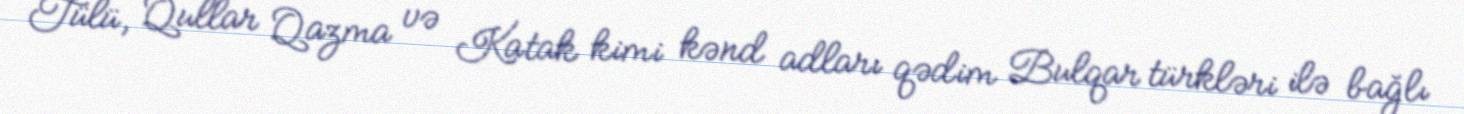
Tülü, Qullar Qazma və Katak kimi kənd adları qədim Bulqar türkləri ilə bağlı